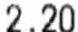
2.20